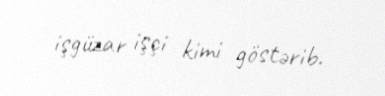
işgüzar işçi kimi göstərib.